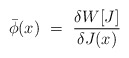
\begin{align*}\bar\phi (x)\ =\ {\delta W[J]\over \delta J(x)} \\\end{align*}